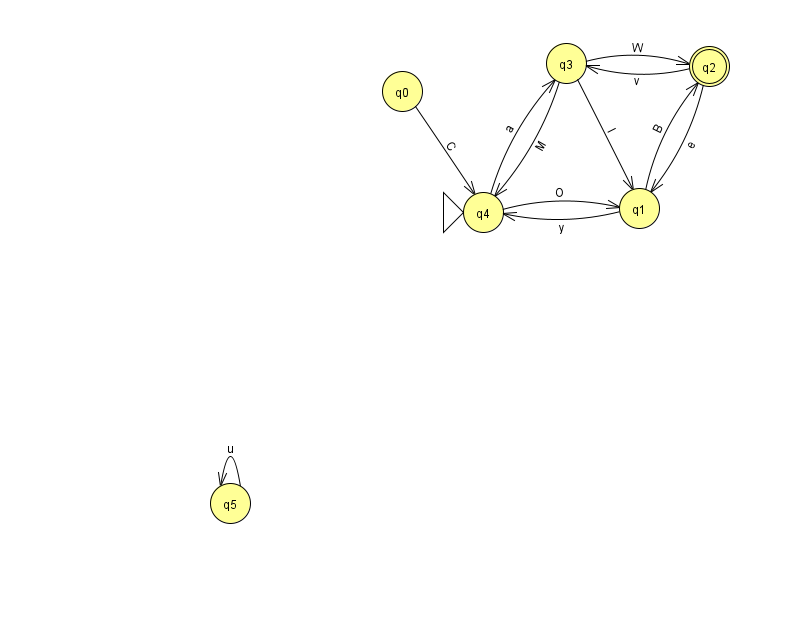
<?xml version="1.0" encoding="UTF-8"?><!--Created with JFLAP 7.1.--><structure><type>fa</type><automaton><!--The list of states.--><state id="0" name="q0"><x>402.0</x><y>78.0</y></state><state id="1" name="q1"><x>639.0</x><y>195.0</y></state><state id="2" name="q2"><x>709.0</x><y>53.0</y><final/></state><state id="3" name="q3"><x>566.0</x><y>50.0</y></state><state id="4" name="q4"><x>483.0</x><y>199.0</y><initial/></state><state id="5" name="q5"><x>230.0</x><y>490.0</y></state><!--The list of transitions.--><transition><from>1</from><to>4</to><read>y</read></transition><transition><from>1</from><to>2</to><read>B</read></transition><transition><from>2</from><to>1</to><read>e</read></transition><transition><from>3</from><to>2</to><read>W</read></transition><transition><from>2</from><to>3</to><read>v</read></transition><transition><from>5</from><to>5</to><read>u</read></transition><transition><from>3</from><to>4</to><read>M</read></transition><transition><from>4</from><to>1</to><read>O</read></transition><transition><from>4</from><to>3</to><read>a</read></transition><transition><from>3</from><to>1</to><read>l</read></transition><transition><from>0</from><to>4</to><read>C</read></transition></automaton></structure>